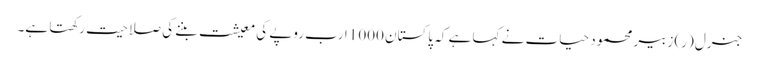
جنرل (ر) زبیر محمود حیات نے کہا ہے کہ پاکستان 1000 ارب روپے کی معیشت بننے کی صلاحیت رکھتا ہے۔